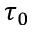
\tau _ { 0 }